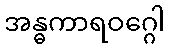
အန္ဓကာရဝဂ္ဂေါ